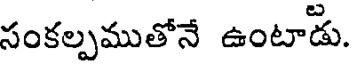
సంకల్పముతోనే ఉంటాడు.